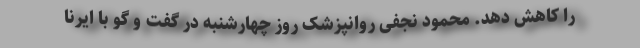
را کاهش دهد. محمود نجفی روانپزشک روز چهارشنبه در گفت و گو با ایرنا